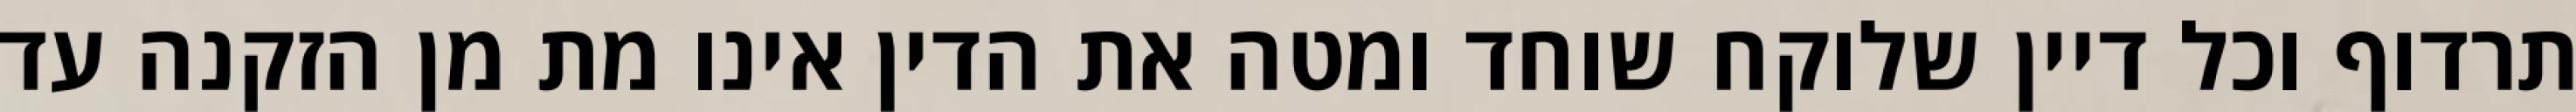
תרדוף וכל דיין שלוקח שוחד ומטה את הדין אינו מת מן הזקנה עד